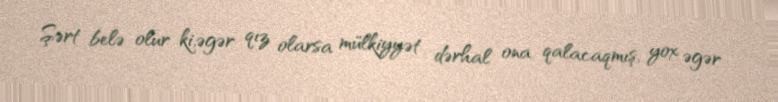
Şərt belə olur ki,əgər qız olarsa mülkiyyət dərhal ona qalacaqmış, yox əgər